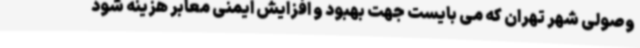
وصولی شهر تهران که می بایست جهت بهبود و افزایش ایمنی معابر هزینه شود